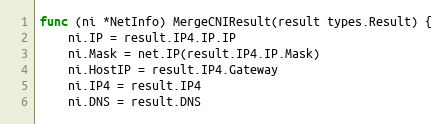
Language: Go
func (ni *NetInfo) MergeCNIResult(result types.Result) {
	ni.IP = result.IP4.IP.IP
	ni.Mask = net.IP(result.IP4.IP.Mask)
	ni.HostIP = result.IP4.Gateway
	ni.IP4 = result.IP4
	ni.DNS = result.DNS